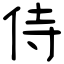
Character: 侍